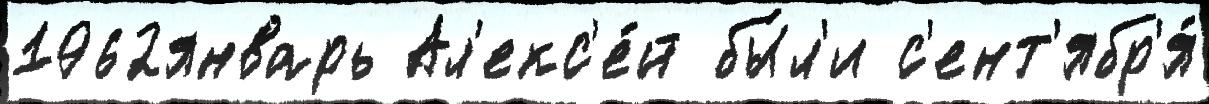
1962январь Ал'екс'е́й бы́л'и с'ент'ябр'я́